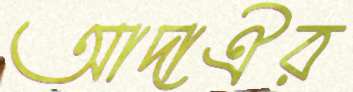
আদাঐর